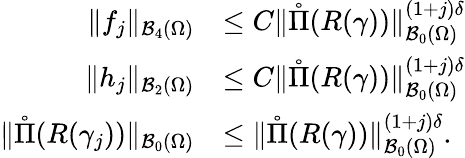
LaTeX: \begin{array}{rl}{\| f_{j}\| _{\mathcal B_{4}(\Omega)}}&{\leq C\| \mathring\Pi(R(\gamma))\| _{\mathcal B_{0}(\Omega)}^{(1+j)\delta}}\\ {\| h_{j}\| _{\mathcal B_{2}(\Omega)}}&{\leq C\| \mathring\Pi(R(\gamma))\| _{\mathcal B_{0}(\Omega)}^{(1+j)\delta}}\\ {\| \mathring\Pi(R(\gamma_{j}))\| _{\mathcal B_{0}(\Omega)}}&{\leq\| \mathring\Pi(R(\gamma))\| _{\mathcal B_{0}(\Omega)}^{(1+j)\delta}.}\end{array}